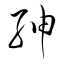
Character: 紳